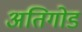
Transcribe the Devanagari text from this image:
अतिगोड